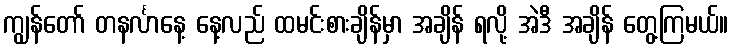
ကျွန်တော် တနင်္လာနေ့ နေ့လည် ထမင်းစားချိန်မှာ အချိန် ရလို့ အဲဒီ အချိန် တွေ့ကြမယ်။